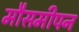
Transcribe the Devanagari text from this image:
मौसमीपन